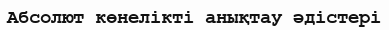
Абсолют көнелiктi анықтау әдістері